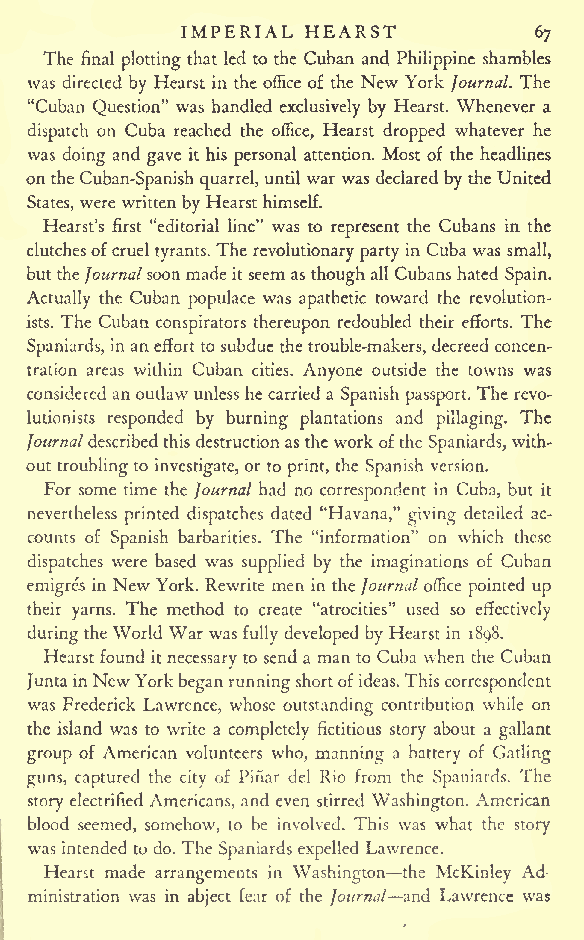
IMPERIAL HEARST
 67
 The final plotting that led to the Cuban and. Philippine shambles
 was directed by Hearst in the office of the New York Journal. The
 "Cuban Question" was handled exclusively by Hearst. Whenever a
 dispatch on Cuba reached the office, Hearst dropped whatever he
 was doing and gave it his personal attention. Most of the headlines
 ontheCuban-Spanishquarrel, until war was declared by the United
 States, were written by Hearsthimself.
 Hearst's first "editorial line" was to represent the Cubans in the
 clutchesofcruel tyrants. The revolutionary party in Cuba was small,
 buttheJournalsoonmade itseemas thoughallCubans hated Spain.
 Actually the Cuban populace was apathetic toward the revolution-
 ists. The Cuban conspirators thereupon redoubled their efforts. The
 Spaniards,inaneffort to subdue thetrouble-makers, decreed concen-
 tration areas within Cuban cities. Anyone outside the towns was
 considered anoutlaw unless hecarrieda Spanish passport. The revo-
 lutionists responded by burning plantations and pillaging. The
 Journaldescribedthis destructionas the work ofthe Spaniards, with-
 out troublingto investigate, or to print, the Spanish version.
 For some time the Journal had no correspondent in Cuba, but it
 nevertheless printed dispatches dated "Havana," giving detailed ac-
 counts of Spanish barbarities. The "information" on which these
 dispatches were based was supplied by the imaginations of Cuban
 emigres in NewYork. Rewrite men in the Journaloffice pointed up
 their yarns. The method to create "atrocities" used so effectively
 duringtheWorld Warwas fully developed by Hearst in 1898.
 Hearst found itnecessary to send a man to Cuba when the Cuban
 JuntainNewYork beganrunningshortofideas.This correspondent
 was Frederick Lawrence, whose outstanding contribution while on
 the island was to write a completely fictitious story about a gallant
 group of American volunteers who, manning a battery of Catling
 guns, captured the city of Piiiar del Rio from the Spaniards. The
 story electrified Americans, and even stirred Washington. American
 blood seemed, somehow, to be involved. This was what the story
 was intended to do. The Spaniards expelled Lawrence.
 Hearst made arrangements in Washington the McKinley Ad-
 ministration was in abject fear of the Journal and Lawrence was